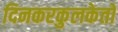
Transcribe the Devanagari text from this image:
दिनकरकुलकेतो